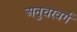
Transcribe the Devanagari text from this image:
अनुचरवर्ग